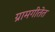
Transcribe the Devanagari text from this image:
ग्रामगीतेत